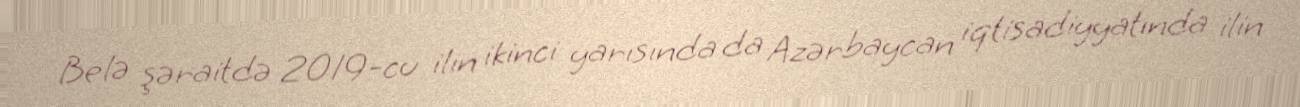
Belə şəraitdə 2019-cu ilin ikinci yarısında da Azərbaycan iqtisadiyyatında ilin